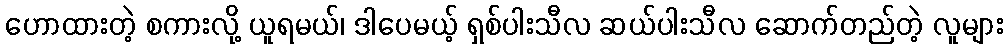
ဟောထားတဲ့ စကားလို့ ယူရမယ်၊ ဒါပေမယ့် ရှစ်ပါးသီလ ဆယ်ပါးသီလ ဆောက်တည်တဲ့ လူများ